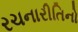
રચનારીતિનો